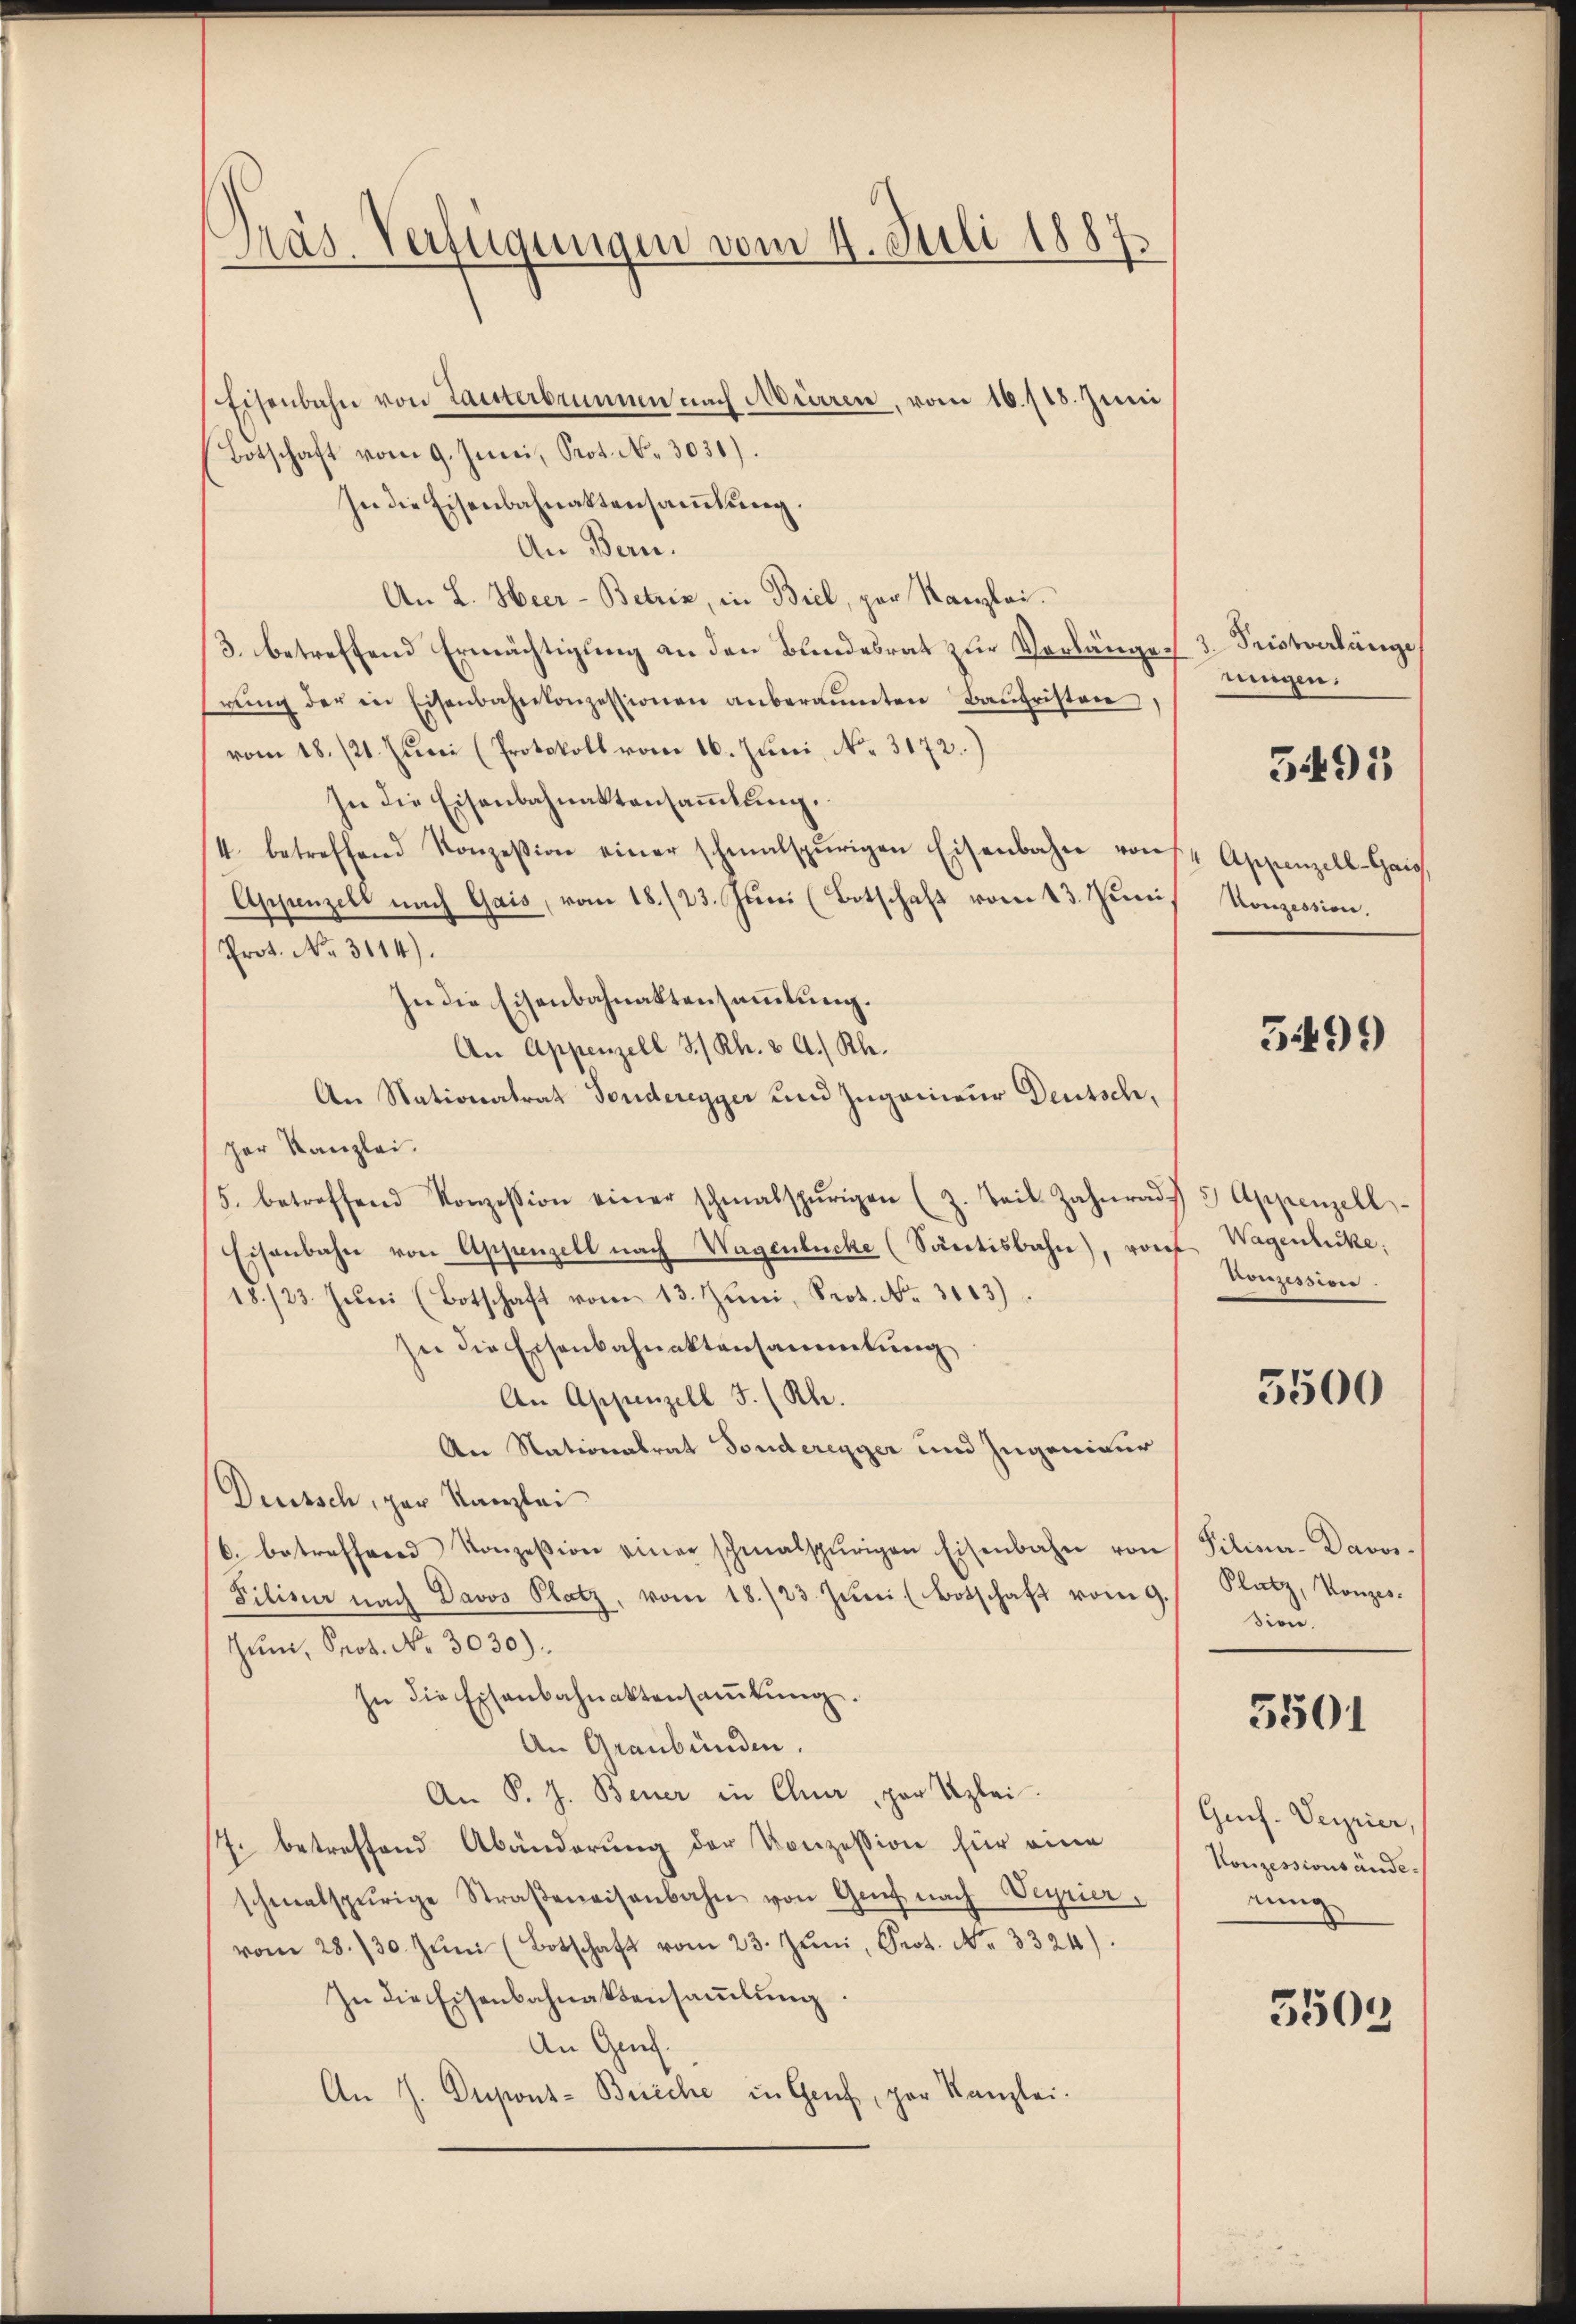
Gras Verfügungen vom 4. Juli 1887.

Eisenbahn von Tanterbrunnen nach Mürren, vom 16./13. Juni
Botschaft vom 9. Juni, Prot. N. 3031).
In die Eisenbahnaktensammlung.
An Bern.
An L. Heer-Betrie, in Biel, par Kanzlei.
3. betreffend Ermächtigung an den Bundesrat zur Verlängerŭng der in Eisenbahnkonzessionen anberaŭmten Baŭfristen,
vom 18. 121. Juni (Protokoll vom 16. Juni, No. 3172.)
In die Eisenbahnaktensaṁlŭng.
4. betreffend Konzession einer schmalspurigen Eisenbahn von
Appenzelt nach Gais, vom 18./23. Juni (Botschaft vom 13. Juni,
Prot. No. 3114).
In die Eisenbahnaktensammlung.
An Appenzell 3/ Rh. & A. Rh.
An Nationalrat Fonderegger und Zugenieur Deutsch,
per Kanzlei.
5. betreffend Konzession einer schmalspurigen (z. Beil Zahnrad 3. Appenzell-
Eisenbahn von Appenzell nach Wagenbüche (Santisbahn), von Wagenliche;
18./23. Juni (Botschaft vom 13. Juni, Prot. No. 3113).
Zu die Eisenbahnaktensammlung
An Appenzell I. (Rh.
An Nationalrat Fonderegger und Ingenieur
Deutsch, zur Kanzlei
6. betreffend Konzession einer schmalspurigen Eisenbahn von
Filisir nach Davos Platz, vom 18./23. Juni (Botschaft vom 9.
ŭm, Prot. No. 3030).
In die Eisenbahnaktensaṁlŭng.
An Graubünden.
An P. J. Bener in Chur, par Uzlei.
7. betreffend Abänderung der Konzession für eine
schmalspurige Straβenaisenbahn von Genf nach Veyrier,
vom 28./30. Jŭni (Botschaft vom 23. Jŭni, Prot. No. 3324).
In die Eisenbahnabensaṁlŭng.
An Genf.
An J. Dupons- Brieche in Genf, par Kanzlei

3. Fristverlänge
ningen.
Appenzell-Gaig,
Konzession.

5495

3499)

konzession.

5500

Pilinar-Davos.
Platz, Konzes.
Sien.

5501

Gref. Verrier,
Konzessionsändeeinig

1
350.